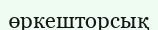
өркешторсық